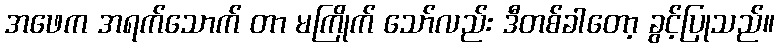
အဖေက အရက်သောက် တာ မကြိုက် သော်လည်း ဒီတစ်ခါတော့ ခွင့်ပြုသည်။